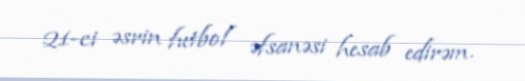
21-ci əsrin futbol əfsanəsi hesab edirəm.